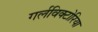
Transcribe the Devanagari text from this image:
गर्लविक्टोरिया